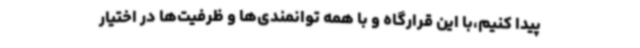
پیدا کنیم،با این قرارگاه و با همه توانمندی‌ها و ظرفیت‌ها در اختیار